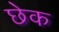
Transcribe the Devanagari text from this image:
छेक